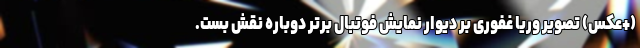
(+عکس) تصویر وریا غفوری بر دیوار نمایش فوتبال برتر دوباره نقش بست.